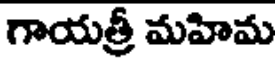
గాయత్రీ మహిమ